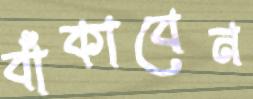
বাঁকাবেন